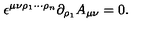
\epsilon ^ { \mu \nu \rho _ { 1 } \cdots \rho _ { n } } \partial _ { \rho _ { 1 } } A _ { \mu \nu } = 0 .